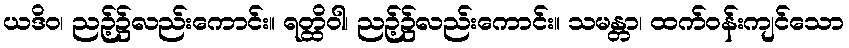
ယဒိဝ၊ ညဉ့်၌လည်းကောင်း။ ရတ္ထိဝါ၊ ညဉ့်၌လည်းကောင်း။ သမန္တာ၊ ထက်ဝန်းကျင်သော